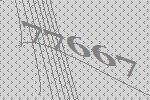
77667